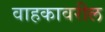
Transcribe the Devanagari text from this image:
वाहकावरील